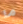
ما